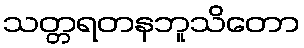
သတ္တရတနဘူသိတော